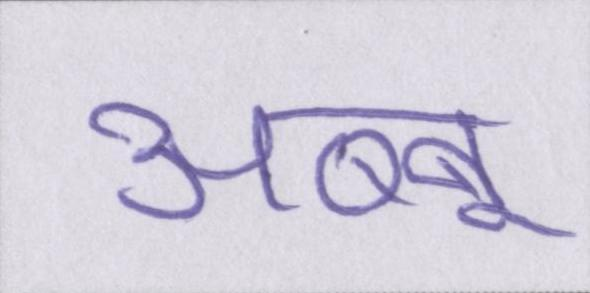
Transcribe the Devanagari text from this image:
अब्बू